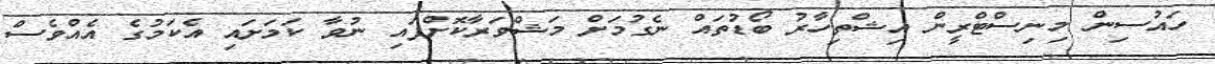
ހައުސިން މިނިސްޓްރީން އިޝްތިހާރު ބޯޑުތައް ނެގުމަށް މަޝްވަރާކޮށްފައި ނުވާ ކަމަށައި އެކަމުގެ އެއްވެސް